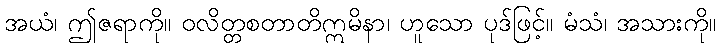
အယံ၊ ဤဇရာကို။ ဝလိတ္တစတာတိဣမိနာ၊ ဟူသော ပုဒ်ဖြင့်။ မံသံ၊ အသားကို။